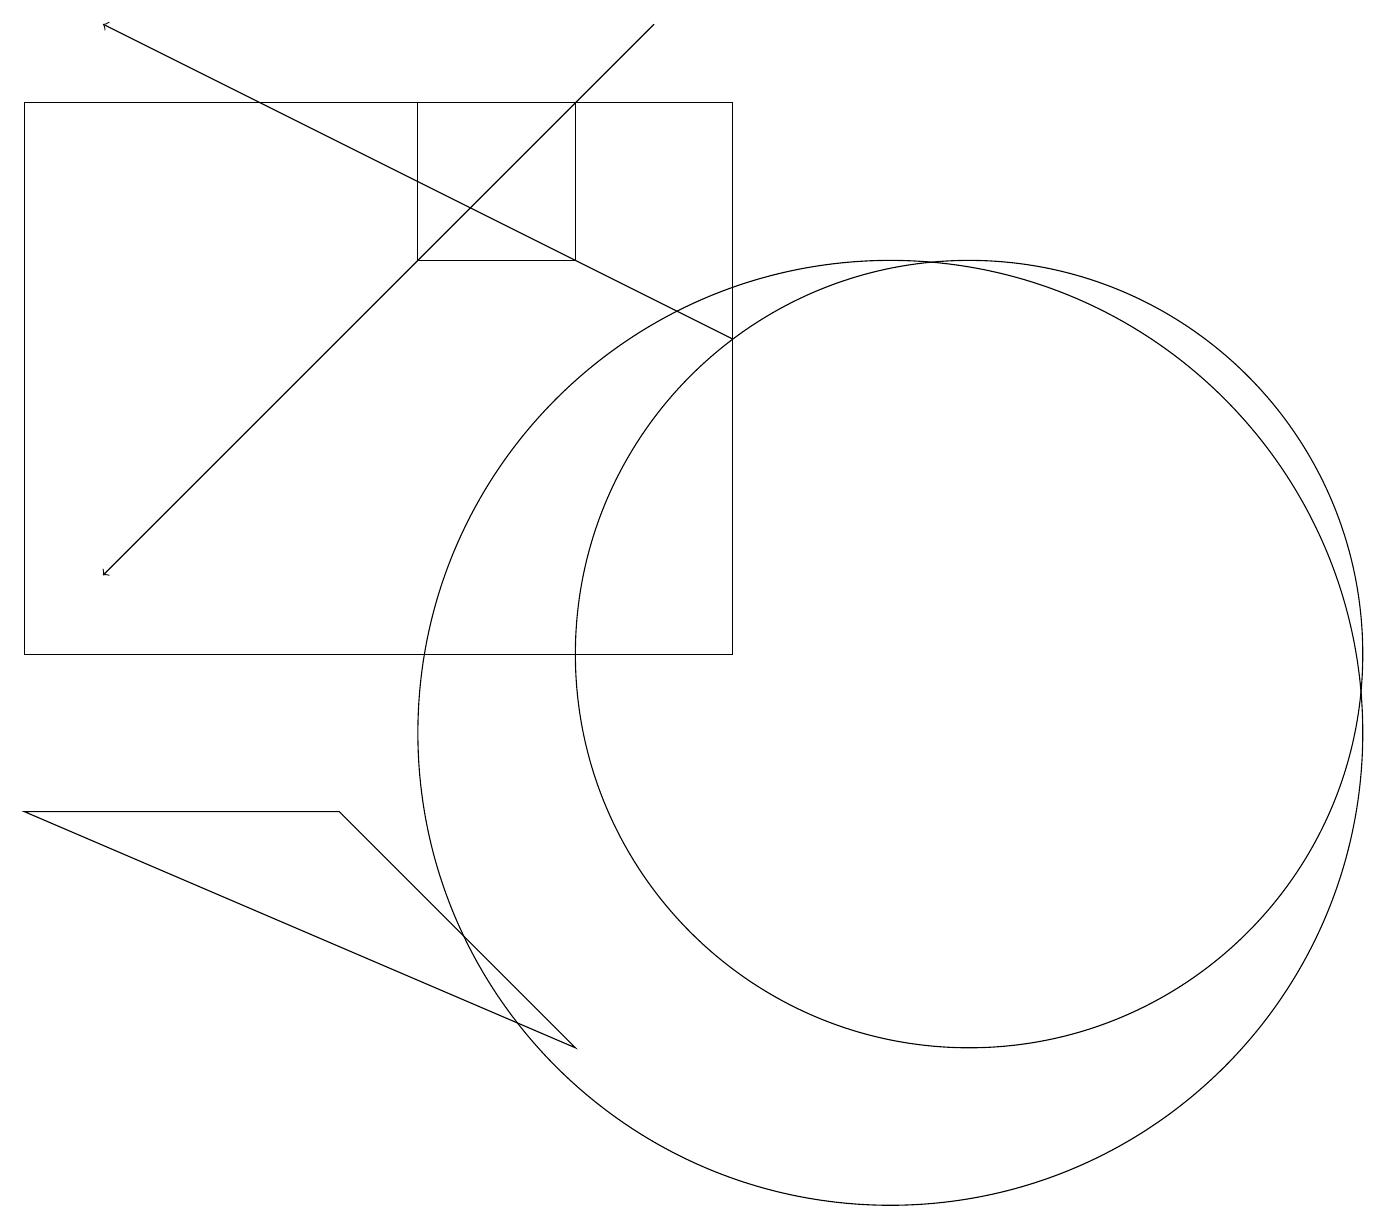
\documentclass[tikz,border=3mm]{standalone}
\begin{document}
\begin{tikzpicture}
\draw (0,11) rectangle (9,18);
\draw (7,16) rectangle (5,18);
\draw (11,10) circle (6);
\draw[->] (8,19) -- (1,12);
\draw[->] (9,15) -- (1,19);
\draw (7,6) -- (0,9) -- (4,9) -- cycle;
\draw (12,11) circle (5);
\draw (11,11) circle (0);
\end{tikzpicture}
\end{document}